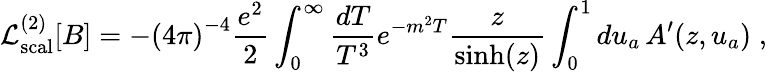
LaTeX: {\cal L}_{\mathrm{scal}}^{(2)}[B]=-{(4\pi)}^{-4}{\frac{e^{2}}{2}}\int_{0}^{\infty}{\frac{dT}{T^{3}}}e^{-m^{2}T}{\frac{z}{\sinh(z)}}\int_{0}^{1}du_{a}\, A^{\prime}(z,u_{a})\; ,